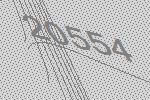
20554